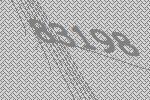
83198